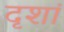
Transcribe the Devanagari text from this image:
दृशां